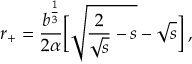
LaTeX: r _ { + } = \frac { b ^ { \frac 1 3 } } { 2 \alpha } { \biggl [ } \sqrt { \frac { 2 } { \sqrt { s } } - s } - \sqrt { s } { \biggr ] } \: ,